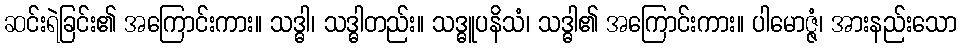
ဆင်းရဲခြင်း၏ အကြောင်းကား။ သဒ္ဓါ၊ သဒ္ဓါတည်း။ သဒ္ဓူပနိသံ၊ သဒ္ဓါ၏ အကြောင်းကား။ ပါမောဇ္ဇံ၊ အားနည်းသော